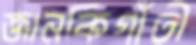
জানকিগাঁতী